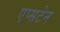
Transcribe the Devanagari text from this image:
एप्सटेन